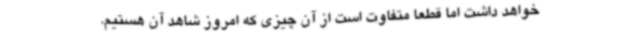
خواهد داشت اما قطعاً متفاوت است از آن چیزی که امروز شاهد آن هستیم.